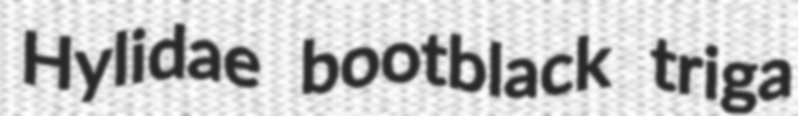
Hylidae bootblack triga